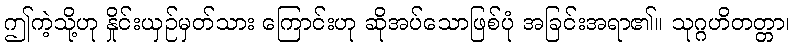
ဤကဲ့သို့ဟု နှိုင်းယှဉ်မှတ်သား ကြောင်းဟု ဆိုအပ်သောဖြစ်ပုံ အခြင်းအရာ၏။ သုဂ္ဂဟိတတ္တာ၊